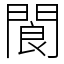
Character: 閬